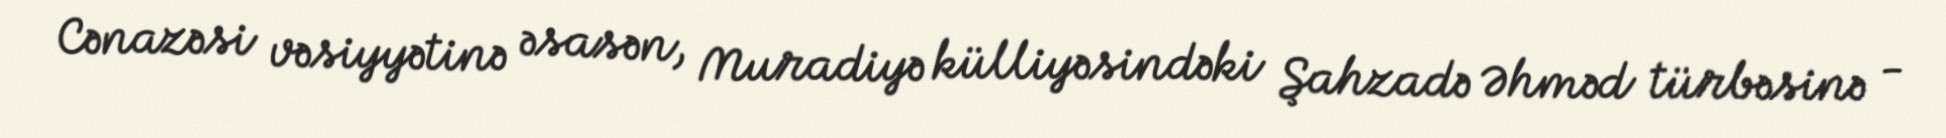
Cənazəsi vəsiyyətinə əsasən, Muradiyə külliyəsindəki Şahzadə Əhməd türbəsinə -